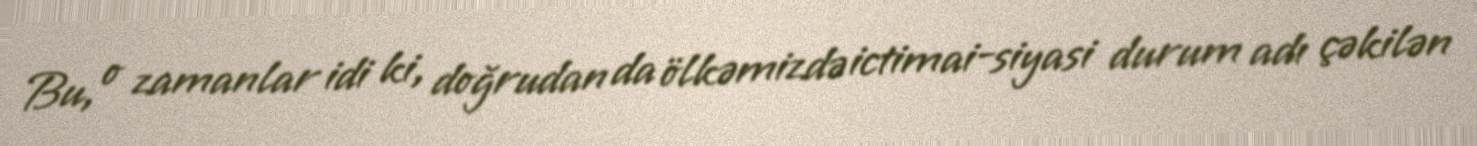
Bu, o zamanlar idi ki, doğrudan da ölkəmizdə ictimai-siyasi durum adı çəkilən